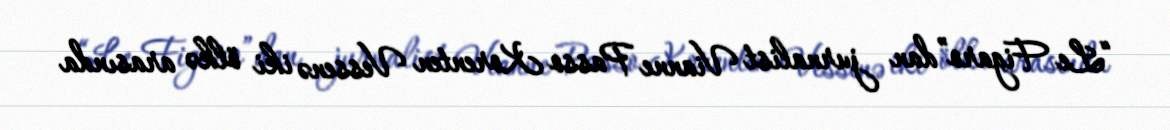
“Le Figaro”dan jurnalist Vianne Passo Korenten Vessenə iki ölkə arasında